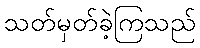
သတ်မှတ်ခဲ့ကြသည်